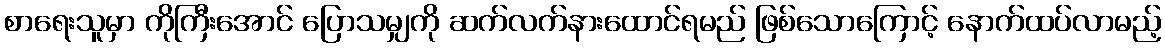
စာရေးသူမှာ ကိုကြီးအောင် ပြောသမျှကို ဆက်လက်နားထောင်ရမည် ဖြစ်သောကြောင့် နောက်ထပ်လာမည့်